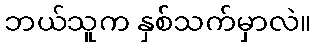
ဘယ်သူက နှစ်သက်မှာလဲ။